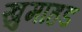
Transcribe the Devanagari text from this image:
खुमाहड